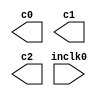
// megafunction wizard: %ALTPLL%VBB%
// GENERATION: STANDARD
// VERSION: WM1.0
// MODULE: altpll 

// ============================================================
// Megafunction Name(s):
// 			altpll
//
// Simulation Library Files(s):
// 			altera_mf
// ============================================================
// ************************************************************
// THIS IS A WIZARD-GENERATED FILE. DO NOT EDIT THIS FILE!
//
// 9.1 Build 304 01/25/2010 SP 1 SJ Web Edition
// ************************************************************

//Copyright (C) 1991-2010 Altera Corporation
//Your use of Altera Corporation's design tools, logic functions 
//and other software and tools, and its AMPP partner logic 
//functions, and any output files from any of the foregoing 
//(including device programming or simulation files), and any 
//associated documentation or information are expressly subject 
//to the terms and conditions of the Altera Program License 
//Subscription Agreement, Altera MegaCore Function License 
//Agreement, or other applicable license agreement, including, 
//without limitation, that your use is for the sole purpose of 
//programming logic devices manufactured by Altera and sold by 
//Altera or its authorized distributors.  Please refer to the 
//applicable agreement for further details.

module pll (
	inclk0,
	c0,
	c1,
	c2);

	input	  inclk0;
	output	  c0;
	output	  c1;
	output	  c2;

endmodule

// ============================================================
// CNX file retrieval info
// ============================================================
// Retrieval info: PRIVATE: ACTIVECLK_CHECK STRING "0"
// Retrieval info: PRIVATE: BANDWIDTH STRING "1.000"
// Retrieval info: PRIVATE: BANDWIDTH_FEATURE_ENABLED STRING "0"
// Retrieval info: PRIVATE: BANDWIDTH_FREQ_UNIT STRING "MHz"
// Retrieval info: PRIVATE: BANDWIDTH_PRESET STRING "Low"
// Retrieval info: PRIVATE: BANDWIDTH_USE_AUTO STRING "1"
// Retrieval info: PRIVATE: BANDWIDTH_USE_CUSTOM STRING "0"
// Retrieval info: PRIVATE: BANDWIDTH_USE_PRESET STRING "0"
// Retrieval info: PRIVATE: CLKBAD_SWITCHOVER_CHECK STRING "0"
// Retrieval info: PRIVATE: CLKLOSS_CHECK STRING "0"
// Retrieval info: PRIVATE: CLKSWITCH_CHECK STRING "1"
// Retrieval info: PRIVATE: CNX_NO_COMPENSATE_RADIO STRING "0"
// Retrieval info: PRIVATE: CREATE_CLKBAD_CHECK STRING "0"
// Retrieval info: PRIVATE: CREATE_INCLK1_CHECK STRING "0"
// Retrieval info: PRIVATE: CUR_DEDICATED_CLK STRING "c0"
// Retrieval info: PRIVATE: CUR_FBIN_CLK STRING "e0"
// Retrieval info: PRIVATE: DEVICE_SPEED_GRADE STRING "8"
// Retrieval info: PRIVATE: DIV_FACTOR0 NUMERIC "1"
// Retrieval info: PRIVATE: DIV_FACTOR1 NUMERIC "1"
// Retrieval info: PRIVATE: DIV_FACTOR2 NUMERIC "1"
// Retrieval info: PRIVATE: DUTY_CYCLE0 STRING "50.00000000"
// Retrieval info: PRIVATE: DUTY_CYCLE1 STRING "50.00000000"
// Retrieval info: PRIVATE: DUTY_CYCLE2 STRING "50.00000000"
// Retrieval info: PRIVATE: EFF_OUTPUT_FREQ_VALUE0 STRING "100.000000"
// Retrieval info: PRIVATE: EFF_OUTPUT_FREQ_VALUE1 STRING "100.000000"
// Retrieval info: PRIVATE: EFF_OUTPUT_FREQ_VALUE2 STRING "100.000000"
// Retrieval info: PRIVATE: EXPLICIT_SWITCHOVER_COUNTER STRING "0"
// Retrieval info: PRIVATE: EXT_FEEDBACK_RADIO STRING "0"
// Retrieval info: PRIVATE: GLOCKED_COUNTER_EDIT_CHANGED STRING "1"
// Retrieval info: PRIVATE: GLOCKED_FEATURE_ENABLED STRING "1"
// Retrieval info: PRIVATE: GLOCKED_MODE_CHECK STRING "0"
// Retrieval info: PRIVATE: GLOCK_COUNTER_EDIT NUMERIC "1048575"
// Retrieval info: PRIVATE: HAS_MANUAL_SWITCHOVER STRING "1"
// Retrieval info: PRIVATE: INCLK0_FREQ_EDIT STRING "50.000"
// Retrieval info: PRIVATE: INCLK0_FREQ_UNIT_COMBO STRING "MHz"
// Retrieval info: PRIVATE: INCLK1_FREQ_EDIT STRING "100.000"
// Retrieval info: PRIVATE: INCLK1_FREQ_EDIT_CHANGED STRING "1"
// Retrieval info: PRIVATE: INCLK1_FREQ_UNIT_CHANGED STRING "1"
// Retrieval info: PRIVATE: INCLK1_FREQ_UNIT_COMBO STRING "MHz"
// Retrieval info: PRIVATE: INTENDED_DEVICE_FAMILY STRING "Cyclone II"
// Retrieval info: PRIVATE: INT_FEEDBACK__MODE_RADIO STRING "1"
// Retrieval info: PRIVATE: LOCKED_OUTPUT_CHECK STRING "0"
// Retrieval info: PRIVATE: LONG_SCAN_RADIO STRING "1"
// Retrieval info: PRIVATE: LVDS_MODE_DATA_RATE STRING "300.000"
// Retrieval info: PRIVATE: LVDS_MODE_DATA_RATE_DIRTY NUMERIC "0"
// Retrieval info: PRIVATE: LVDS_PHASE_SHIFT_UNIT0 STRING "deg"
// Retrieval info: PRIVATE: LVDS_PHASE_SHIFT_UNIT1 STRING "ps"
// Retrieval info: PRIVATE: LVDS_PHASE_SHIFT_UNIT2 STRING "ps"
// Retrieval info: PRIVATE: MIG_DEVICE_SPEED_GRADE STRING "Any"
// Retrieval info: PRIVATE: MIRROR_CLK0 STRING "0"
// Retrieval info: PRIVATE: MIRROR_CLK1 STRING "0"
// Retrieval info: PRIVATE: MIRROR_CLK2 STRING "0"
// Retrieval info: PRIVATE: MULT_FACTOR0 NUMERIC "1"
// Retrieval info: PRIVATE: MULT_FACTOR1 NUMERIC "1"
// Retrieval info: PRIVATE: MULT_FACTOR2 NUMERIC "1"
// Retrieval info: PRIVATE: NORMAL_MODE_RADIO STRING "1"
// Retrieval info: PRIVATE: OUTPUT_FREQ0 STRING "100.00000000"
// Retrieval info: PRIVATE: OUTPUT_FREQ1 STRING "100.00000000"
// Retrieval info: PRIVATE: OUTPUT_FREQ2 STRING "100.00000000"
// Retrieval info: PRIVATE: OUTPUT_FREQ_MODE0 STRING "1"
// Retrieval info: PRIVATE: OUTPUT_FREQ_MODE1 STRING "1"
// Retrieval info: PRIVATE: OUTPUT_FREQ_MODE2 STRING "1"
// Retrieval info: PRIVATE: OUTPUT_FREQ_UNIT0 STRING "MHz"
// Retrieval info: PRIVATE: OUTPUT_FREQ_UNIT1 STRING "MHz"
// Retrieval info: PRIVATE: OUTPUT_FREQ_UNIT2 STRING "MHz"
// Retrieval info: PRIVATE: PHASE_RECONFIG_FEATURE_ENABLED STRING "0"
// Retrieval info: PRIVATE: PHASE_RECONFIG_INPUTS_CHECK STRING "0"
// Retrieval info: PRIVATE: PHASE_SHIFT0 STRING "0.00000000"
// Retrieval info: PRIVATE: PHASE_SHIFT1 STRING "0.00000000"
// Retrieval info: PRIVATE: PHASE_SHIFT2 STRING "-2.50000000"
// Retrieval info: PRIVATE: PHASE_SHIFT_STEP_ENABLED_CHECK STRING "0"
// Retrieval info: PRIVATE: PHASE_SHIFT_UNIT0 STRING "deg"
// Retrieval info: PRIVATE: PHASE_SHIFT_UNIT1 STRING "deg"
// Retrieval info: PRIVATE: PHASE_SHIFT_UNIT2 STRING "ns"
// Retrieval info: PRIVATE: PLL_ADVANCED_PARAM_CHECK STRING "0"
// Retrieval info: PRIVATE: PLL_ARESET_CHECK STRING "0"
// Retrieval info: PRIVATE: PLL_AUTOPLL_CHECK NUMERIC "1"
// Retrieval info: PRIVATE: PLL_ENA_CHECK STRING "0"
// Retrieval info: PRIVATE: PLL_ENHPLL_CHECK NUMERIC "0"
// Retrieval info: PRIVATE: PLL_FASTPLL_CHECK NUMERIC "0"
// Retrieval info: PRIVATE: PLL_FBMIMIC_CHECK STRING "0"
// Retrieval info: PRIVATE: PLL_LVDS_PLL_CHECK NUMERIC "0"
// Retrieval info: PRIVATE: PLL_PFDENA_CHECK STRING "0"
// Retrieval info: PRIVATE: PLL_TARGET_HARCOPY_CHECK NUMERIC "0"
// Retrieval info: PRIVATE: PRIMARY_CLK_COMBO STRING "inclk0"
// Retrieval info: PRIVATE: RECONFIG_FILE STRING "pll.mif"
// Retrieval info: PRIVATE: SACN_INPUTS_CHECK STRING "0"
// Retrieval info: PRIVATE: SCAN_FEATURE_ENABLED STRING "0"
// Retrieval info: PRIVATE: SELF_RESET_LOCK_LOSS STRING "0"
// Retrieval info: PRIVATE: SHORT_SCAN_RADIO STRING "0"
// Retrieval info: PRIVATE: SPREAD_FEATURE_ENABLED STRING "0"
// Retrieval info: PRIVATE: SPREAD_FREQ STRING "50.000"
// Retrieval info: PRIVATE: SPREAD_FREQ_UNIT STRING "KHz"
// Retrieval info: PRIVATE: SPREAD_PERCENT STRING "0.500"
// Retrieval info: PRIVATE: SPREAD_USE STRING "0"
// Retrieval info: PRIVATE: SRC_SYNCH_COMP_RADIO STRING "0"
// Retrieval info: PRIVATE: STICKY_CLK0 STRING "1"
// Retrieval info: PRIVATE: STICKY_CLK1 STRING "1"
// Retrieval info: PRIVATE: STICKY_CLK2 STRING "1"
// Retrieval info: PRIVATE: SWITCHOVER_COUNT_EDIT NUMERIC "1"
// Retrieval info: PRIVATE: SWITCHOVER_FEATURE_ENABLED STRING "1"
// Retrieval info: PRIVATE: SYNTH_WRAPPER_GEN_POSTFIX STRING "0"
// Retrieval info: PRIVATE: USE_CLK0 STRING "1"
// Retrieval info: PRIVATE: USE_CLK1 STRING "1"
// Retrieval info: PRIVATE: USE_CLK2 STRING "1"
// Retrieval info: PRIVATE: USE_CLKENA0 STRING "0"
// Retrieval info: PRIVATE: USE_CLKENA1 STRING "0"
// Retrieval info: PRIVATE: USE_CLKENA2 STRING "0"
// Retrieval info: PRIVATE: USE_MIL_SPEED_GRADE NUMERIC "0"
// Retrieval info: PRIVATE: ZERO_DELAY_RADIO STRING "0"
// Retrieval info: LIBRARY: altera_mf altera_mf.altera_mf_components.all
// Retrieval info: CONSTANT: CLK0_DIVIDE_BY NUMERIC "1"
// Retrieval info: CONSTANT: CLK0_DUTY_CYCLE NUMERIC "50"
// Retrieval info: CONSTANT: CLK0_MULTIPLY_BY NUMERIC "2"
// Retrieval info: CONSTANT: CLK0_PHASE_SHIFT STRING "0"
// Retrieval info: CONSTANT: CLK1_DIVIDE_BY NUMERIC "1"
// Retrieval info: CONSTANT: CLK1_DUTY_CYCLE NUMERIC "50"
// Retrieval info: CONSTANT: CLK1_MULTIPLY_BY NUMERIC "2"
// Retrieval info: CONSTANT: CLK1_PHASE_SHIFT STRING "0"
// Retrieval info: CONSTANT: CLK2_DIVIDE_BY NUMERIC "1"
// Retrieval info: CONSTANT: CLK2_DUTY_CYCLE NUMERIC "50"
// Retrieval info: CONSTANT: CLK2_MULTIPLY_BY NUMERIC "2"
// Retrieval info: CONSTANT: CLK2_PHASE_SHIFT STRING "-2500"
// Retrieval info: CONSTANT: COMPENSATE_CLOCK STRING "CLK0"
// Retrieval info: CONSTANT: INCLK0_INPUT_FREQUENCY NUMERIC "20000"
// Retrieval info: CONSTANT: INTENDED_DEVICE_FAMILY STRING "Cyclone II"
// Retrieval info: CONSTANT: LPM_TYPE STRING "altpll"
// Retrieval info: CONSTANT: OPERATION_MODE STRING "NORMAL"
// Retrieval info: CONSTANT: PORT_ACTIVECLOCK STRING "PORT_UNUSED"
// Retrieval info: CONSTANT: PORT_ARESET STRING "PORT_UNUSED"
// Retrieval info: CONSTANT: PORT_CLKBAD0 STRING "PORT_UNUSED"
// Retrieval info: CONSTANT: PORT_CLKBAD1 STRING "PORT_UNUSED"
// Retrieval info: CONSTANT: PORT_CLKLOSS STRING "PORT_UNUSED"
// Retrieval info: CONSTANT: PORT_CLKSWITCH STRING "PORT_UNUSED"
// Retrieval info: CONSTANT: PORT_CONFIGUPDATE STRING "PORT_UNUSED"
// Retrieval info: CONSTANT: PORT_FBIN STRING "PORT_UNUSED"
// Retrieval info: CONSTANT: PORT_INCLK0 STRING "PORT_USED"
// Retrieval info: CONSTANT: PORT_INCLK1 STRING "PORT_UNUSED"
// Retrieval info: CONSTANT: PORT_LOCKED STRING "PORT_UNUSED"
// Retrieval info: CONSTANT: PORT_PFDENA STRING "PORT_UNUSED"
// Retrieval info: CONSTANT: PORT_PHASECOUNTERSELECT STRING "PORT_UNUSED"
// Retrieval info: CONSTANT: PORT_PHASEDONE STRING "PORT_UNUSED"
// Retrieval info: CONSTANT: PORT_PHASESTEP STRING "PORT_UNUSED"
// Retrieval info: CONSTANT: PORT_PHASEUPDOWN STRING "PORT_UNUSED"
// Retrieval info: CONSTANT: PORT_PLLENA STRING "PORT_UNUSED"
// Retrieval info: CONSTANT: PORT_SCANACLR STRING "PORT_UNUSED"
// Retrieval info: CONSTANT: PORT_SCANCLK STRING "PORT_UNUSED"
// Retrieval info: CONSTANT: PORT_SCANCLKENA STRING "PORT_UNUSED"
// Retrieval info: CONSTANT: PORT_SCANDATA STRING "PORT_UNUSED"
// Retrieval info: CONSTANT: PORT_SCANDATAOUT STRING "PORT_UNUSED"
// Retrieval info: CONSTANT: PORT_SCANDONE STRING "PORT_UNUSED"
// Retrieval info: CONSTANT: PORT_SCANREAD STRING "PORT_UNUSED"
// Retrieval info: CONSTANT: PORT_SCANWRITE STRING "PORT_UNUSED"
// Retrieval info: CONSTANT: PORT_clk0 STRING "PORT_USED"
// Retrieval info: CONSTANT: PORT_clk1 STRING "PORT_USED"
// Retrieval info: CONSTANT: PORT_clk2 STRING "PORT_USED"
// Retrieval info: CONSTANT: PORT_clk3 STRING "PORT_UNUSED"
// Retrieval info: CONSTANT: PORT_clk4 STRING "PORT_UNUSED"
// Retrieval info: CONSTANT: PORT_clk5 STRING "PORT_UNUSED"
// Retrieval info: CONSTANT: PORT_clkena0 STRING "PORT_UNUSED"
// Retrieval info: CONSTANT: PORT_clkena1 STRING "PORT_UNUSED"
// Retrieval info: CONSTANT: PORT_clkena2 STRING "PORT_UNUSED"
// Retrieval info: CONSTANT: PORT_clkena3 STRING "PORT_UNUSED"
// Retrieval info: CONSTANT: PORT_clkena4 STRING "PORT_UNUSED"
// Retrieval info: CONSTANT: PORT_clkena5 STRING "PORT_UNUSED"
// Retrieval info: CONSTANT: PORT_extclk0 STRING "PORT_UNUSED"
// Retrieval info: CONSTANT: PORT_extclk1 STRING "PORT_UNUSED"
// Retrieval info: CONSTANT: PORT_extclk2 STRING "PORT_UNUSED"
// Retrieval info: CONSTANT: PORT_extclk3 STRING "PORT_UNUSED"
// Retrieval info: USED_PORT: @clk 0 0 6 0 OUTPUT_CLK_EXT VCC "@clk[5..0]"
// Retrieval info: USED_PORT: @extclk 0 0 4 0 OUTPUT_CLK_EXT VCC "@extclk[3..0]"
// Retrieval info: USED_PORT: c0 0 0 0 0 OUTPUT_CLK_EXT VCC "c0"
// Retrieval info: USED_PORT: c1 0 0 0 0 OUTPUT_CLK_EXT VCC "c1"
// Retrieval info: USED_PORT: c2 0 0 0 0 OUTPUT_CLK_EXT VCC "c2"
// Retrieval info: USED_PORT: inclk0 0 0 0 0 INPUT_CLK_EXT GND "inclk0"
// Retrieval info: CONNECT: @inclk 0 0 1 0 inclk0 0 0 0 0
// Retrieval info: CONNECT: c0 0 0 0 0 @clk 0 0 1 0
// Retrieval info: CONNECT: c1 0 0 0 0 @clk 0 0 1 1
// Retrieval info: CONNECT: c2 0 0 0 0 @clk 0 0 1 2
// Retrieval info: CONNECT: @inclk 0 0 1 1 GND 0 0 0 0
// Retrieval info: GEN_FILE: TYPE_NORMAL pll.v TRUE
// Retrieval info: GEN_FILE: TYPE_NORMAL pll.ppf TRUE
// Retrieval info: GEN_FILE: TYPE_NORMAL pll.inc FALSE
// Retrieval info: GEN_FILE: TYPE_NORMAL pll.cmp FALSE
// Retrieval info: GEN_FILE: TYPE_NORMAL pll.bsf FALSE
// Retrieval info: GEN_FILE: TYPE_NORMAL pll_inst.v FALSE
// Retrieval info: GEN_FILE: TYPE_NORMAL pll_bb.v TRUE
// Retrieval info: LIB_FILE: altera_mf
// Retrieval info: CBX_MODULE_PREFIX: ON